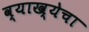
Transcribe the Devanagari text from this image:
व्याख्येचा